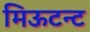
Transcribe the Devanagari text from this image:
मिऊटन्ट